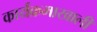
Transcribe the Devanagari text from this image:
कार्यक्रमाखाली